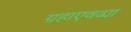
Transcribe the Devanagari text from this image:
ग्रहाएवढ्या